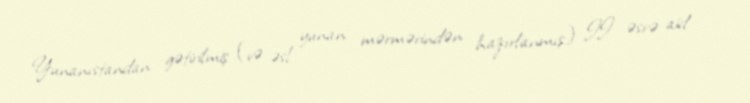
Yunanıstandan gətirilmiş (və əsl yunan mərmərindən hazırlanmış) II əsrə aid